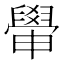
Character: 𦦠